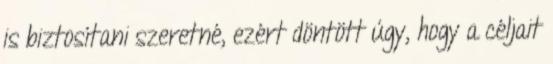
is biztosítani szeretné, ezért döntött úgy, hogy a céljait